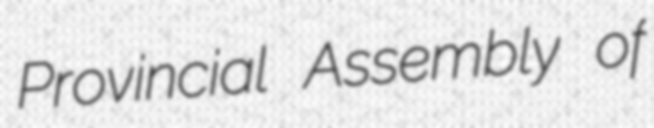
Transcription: Provincial Assembly of